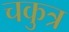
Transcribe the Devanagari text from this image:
चकुत्र